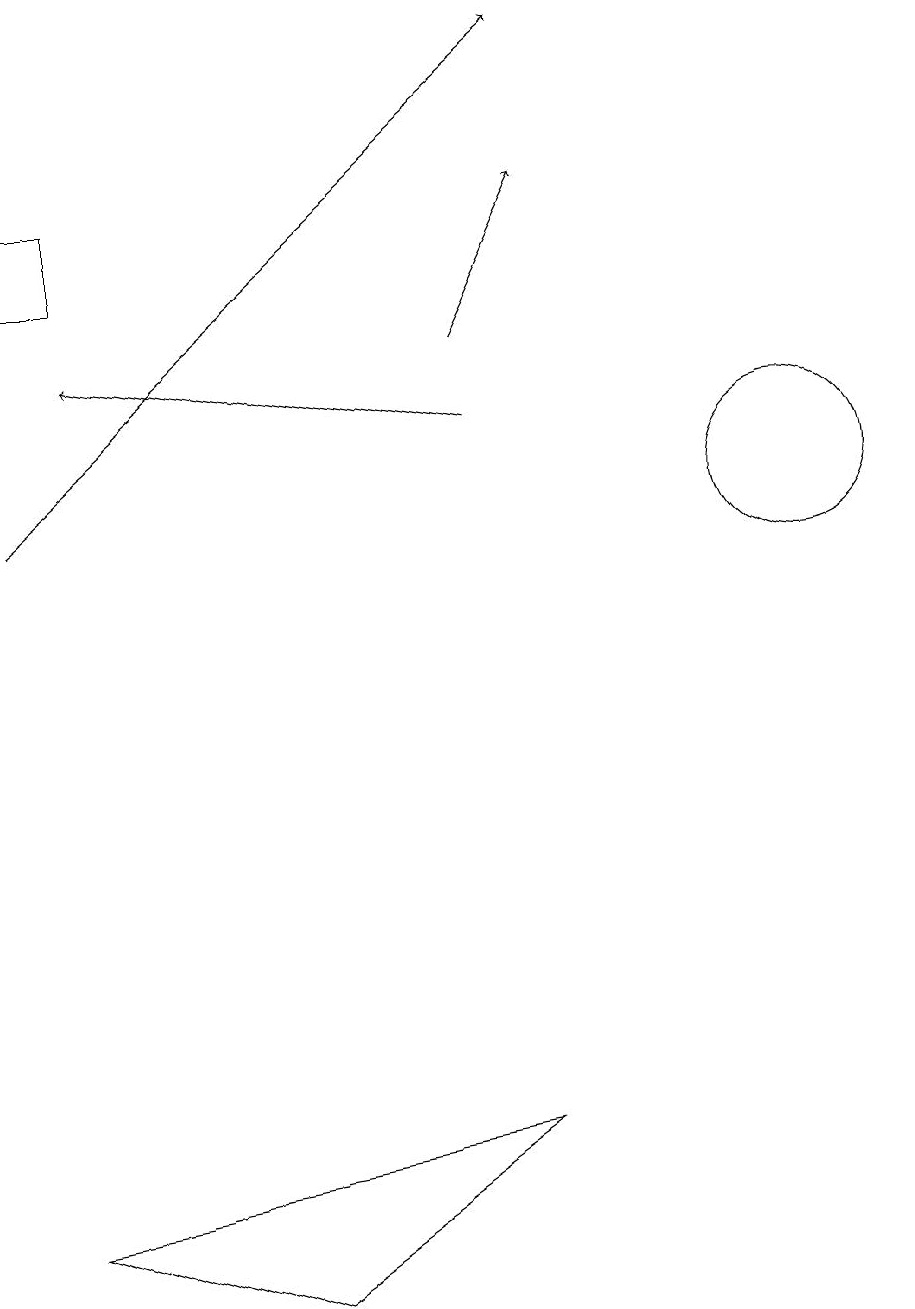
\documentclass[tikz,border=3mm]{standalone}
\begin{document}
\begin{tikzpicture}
\draw (1,16) rectangle (2,15);
\draw[->] (7,14) -- (8,16);
\draw (11,12) circle (1);
\draw[->] (7,13) -- (2,14);
\draw[->] (1,12) -- (8,18);
\draw (1,3) -- (7,4) -- (4,2) -- cycle;
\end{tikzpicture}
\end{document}